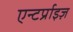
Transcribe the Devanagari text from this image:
एन्टर्प्राइज़